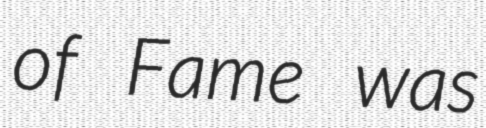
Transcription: of Fame was